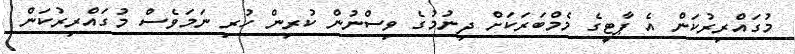
މުގައްރިރުކަން އެ ޕާޓީގެ މެމްބަރަކަށް ދިނުމުގެ ވިސްނުން ކުރިން ހުރި ނަމަވެސް މުގައްރިރުކަން